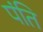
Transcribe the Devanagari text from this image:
पंति